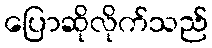
ပြောဆိုလိုက်သည်